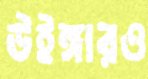
উইঙ্গারও